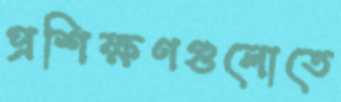
প্রশিক্ষণগুলোতে